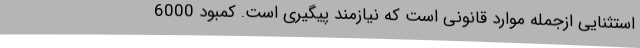
استثنایی ازجمله موارد قانونی است که نیازمند پیگیری است. کمبود 6000